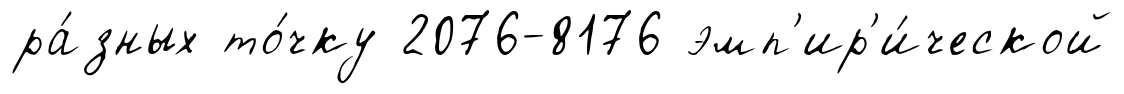
ра́зных то́чку 2076-8176 эмп'ир'и́ческой